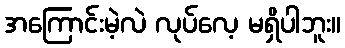
အကြောင်းမဲ့လဲ လုပ်လေ့ မရှိပါဘူး။